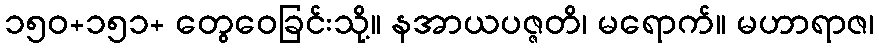
၁၅၀+၁၅၁+ တွေဝေခြင်းသို့။ နအာယပဇ္ဇတိ၊ မရောက်။ မဟာရာဇ၊